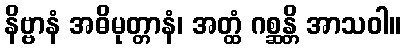
နိဗ္ဗာနံ အဓိမုတ္တာနံ၊ အတ္ထံ ဂစ္ဆန္တိ အာသဝါ။